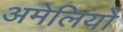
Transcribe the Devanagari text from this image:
अमेलियो